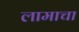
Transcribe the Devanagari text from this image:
लामाचा